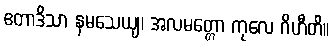
ဧတာဒိသာ နမသေယျ၊ အလမတ္တော ကုလေ ဂိဟီတိ။